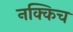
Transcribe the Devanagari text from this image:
नक्किच